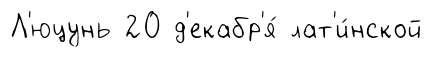
Л'юцунь 20 д'екабр'я́ лат'и́нской